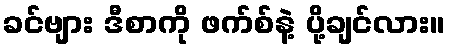
ခင်ဗျား ဒီစာကို ဖက်စ်နဲ့ ပို့ချင်လား။